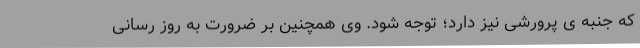
که جنبه ی پرورشی نیز دارد؛ توجه شود. وی همچنین بر ضرورت به روز رسانی